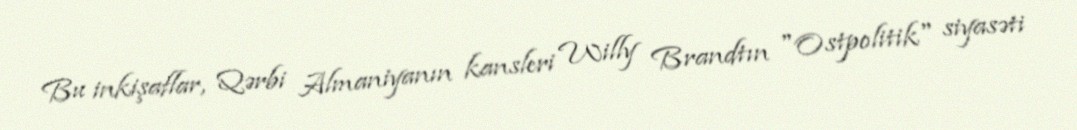
Bu inkişaflar, Qərbi Almaniyanın kansleri Willy Brandtın "Ostpolitik" siyasəti